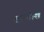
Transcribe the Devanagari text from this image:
हरामोश